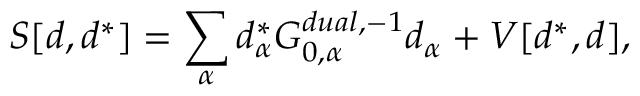
S [ d , d ^ { * } ] = \sum _ { \alpha } d _ { \alpha } ^ { * } G _ { 0 , \alpha } ^ { d u a l , - 1 } d _ { \alpha } + V [ d ^ { * } , d ] ,